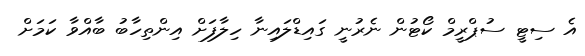
އެ ސިޓީ ސުޕްރީމް ކޯޓުން ނެރުނީ ގައިޑްލައިނާ ހިލާފަށް އިންތިހާބު ބާއްވާ ކަމަށް